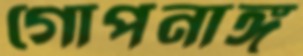
গোপনাঙ্গ